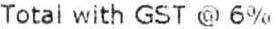
TOTAL WITH GST @ 6%